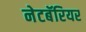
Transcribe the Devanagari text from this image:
नेटबॅरियर